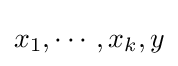
x_{1},\cdots ,x_{k},y